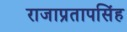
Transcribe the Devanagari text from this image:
राजाप्रतापसिंह